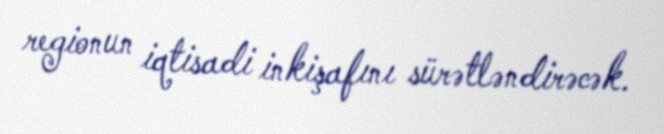
regionun iqtisadi inkişafını sürətləndirəcək.